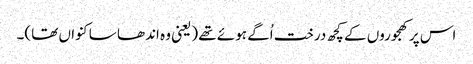
اس پر کھجوروں کے کچھ درخت اُگے ہوئے تھے (یعنی وہ اندھا سا کنواں تھا)۔